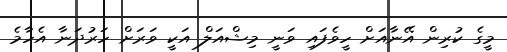
މީގެ ކުރިން އޭނާއަށް ހީވެފައި ވަނީ މިޝްއަލް އަކީ ވަރަށް ހަރުދަނާ އެހާމެ